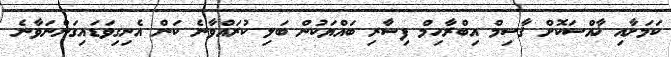
ކަމަށާއި ޚާއްސަކޮށް ޤާސިމް އިބްރާހިމް ފިސާރި ބައްޔަކުން ބަލި ކުރައްވާނެ ކަން އެނިގިވަޑައިގަންނަވާނެ